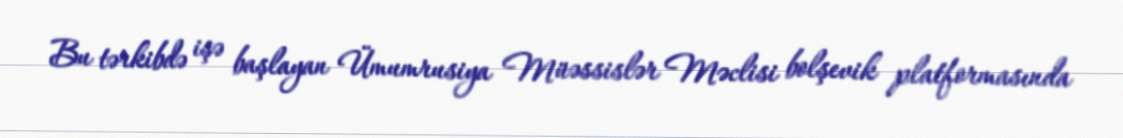
Bu tərkibdə işə başlayan Ümumrusiya Müəssislər Məclisi bolşevik platformasında